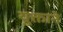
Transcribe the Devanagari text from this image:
युक्ताने